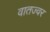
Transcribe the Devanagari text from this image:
वातज्वर